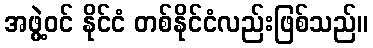
အဖွဲ့ဝင် နိုင်ငံ တစ်နိုင်ငံလည်းဖြစ်သည်။